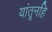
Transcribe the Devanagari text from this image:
यांतूनहि